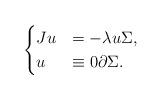
LaTeX: \begin{align*}\begin{cases}{J}u &=-\lambda u \Sigma,\\u &\equiv 0 \partial \Sigma.\end{cases}\end{align*}